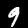
Digit: 9